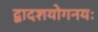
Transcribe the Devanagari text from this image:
द्वादशयोगनयः